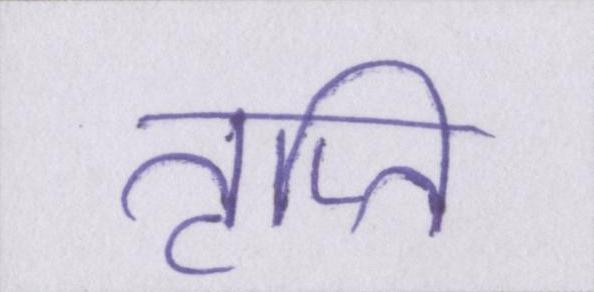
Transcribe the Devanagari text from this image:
तृप्ति